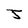
Character: J